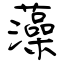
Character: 藻